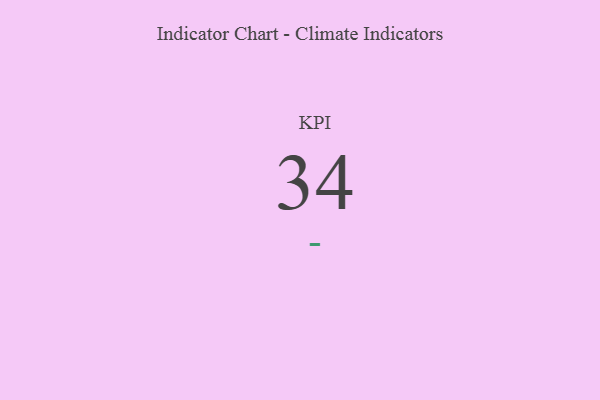
{"axis": {"x": "KPI", "y": "Value"}, "legend": [""], "data": [{"x": "KPI", "y": 34, "type": ""}]}